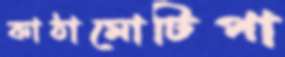
কাঠামোটিপা